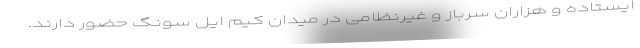
ایستاده و هزاران سرباز و غیرنظامی در میدان کیم ایل سونگ حضور دارند.